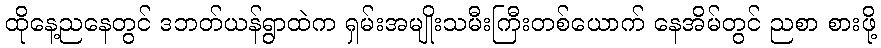
ထိုနေ့ညနေတွင် ဒဘတ်ယန်ရွာထဲက ရှမ်းအမျိုးသမီးကြီးတစ်ယောက် နေအိမ်တွင် ညစာ စားဖို့